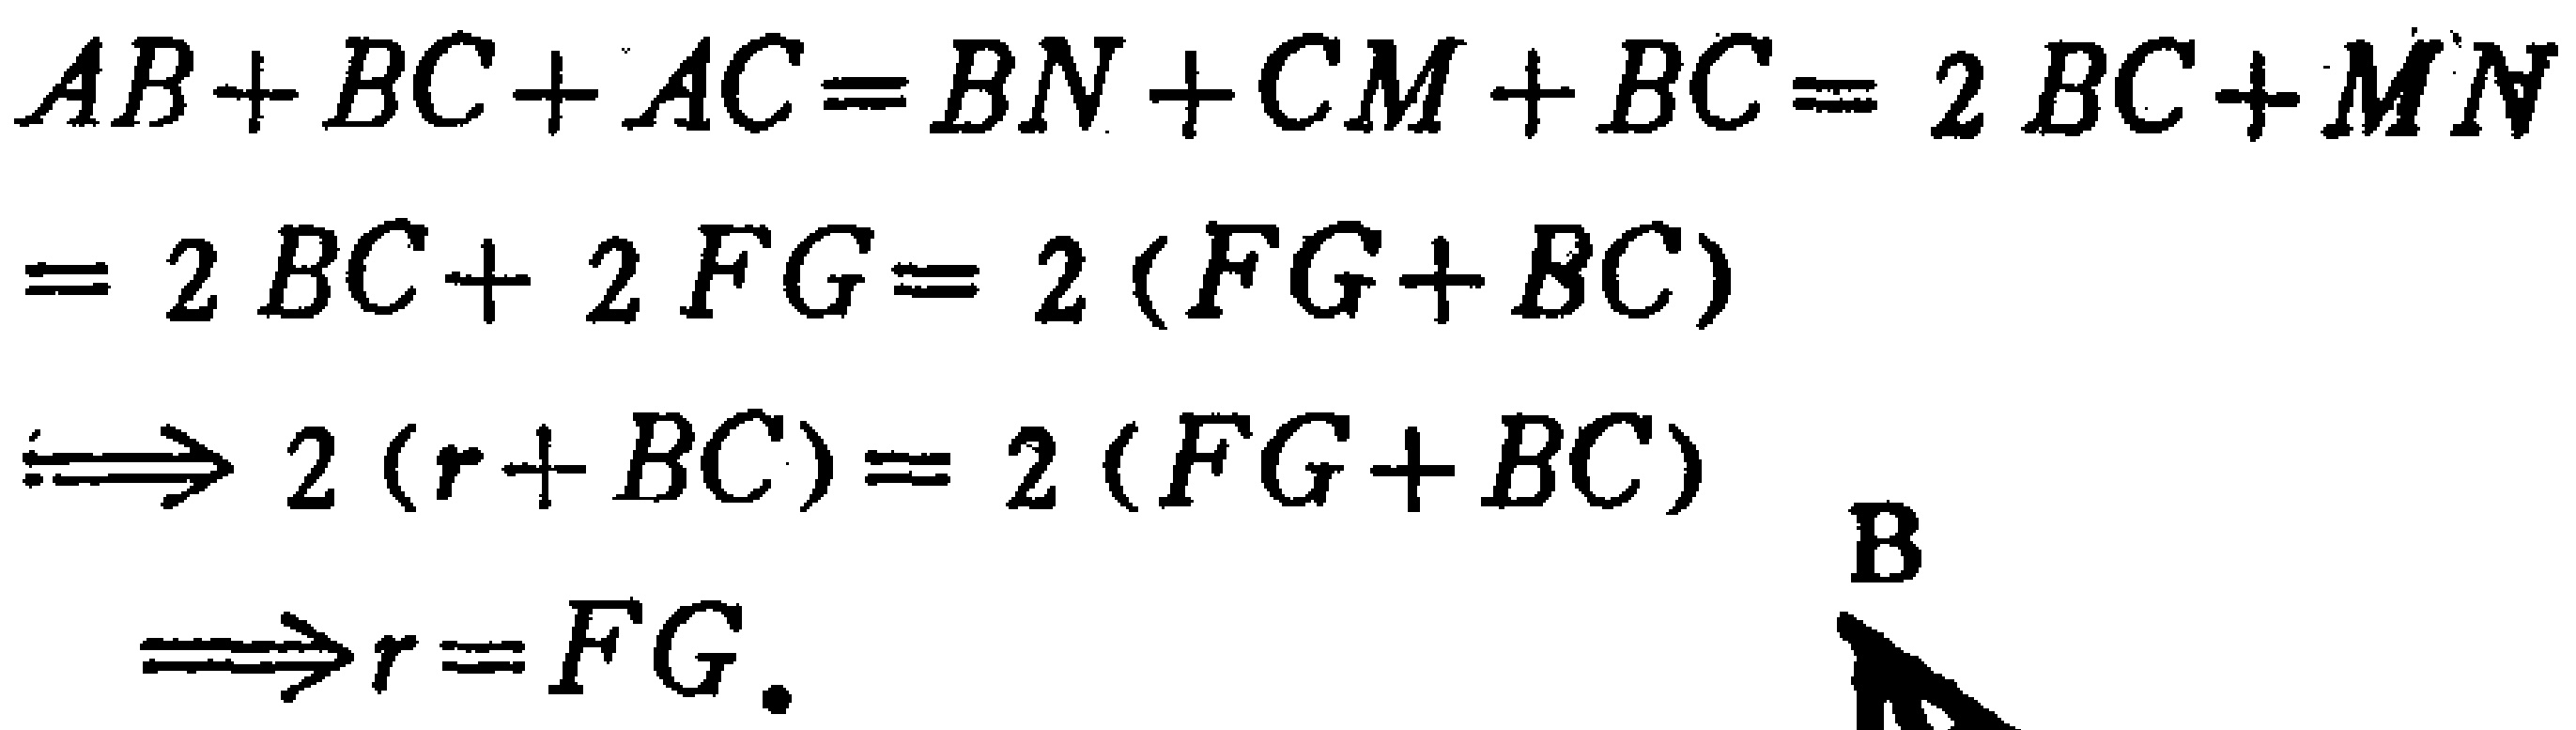
\begin{align*}
AB + BC+AC&=BN + CM + BC= 2BC+MN\\
&= 2BC + 2FG= 2(FG + BC)\\
\Longleftrightarrow 2(r + BC)&= 2(FG + BC)\\
\Longleftrightarrow r&=FG.
\end{align*}